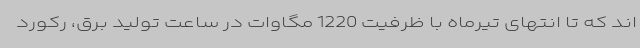
اند که تا انتهای تیرماه با ظرفیت 1220 مگاوات در ساعت تولید برق، رکورد